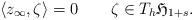
LaTeX: \begin{align*} \langle z_\infty,\zeta \rangle= 0 \qquad\zeta\in T_h\mathfrak{H}_{1+s}. \end{align*}